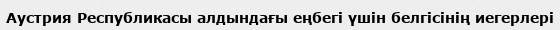
Аустрия Республикасы алдындағы еңбегі үшін белгісінің иегерлері